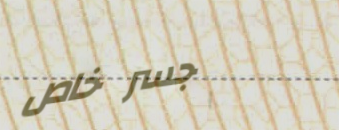
جسر خاص